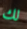
لك